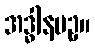
အဒ္ဓါနပဥှ။